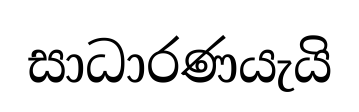
සාධාරණයැයි